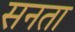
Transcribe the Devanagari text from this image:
सनता